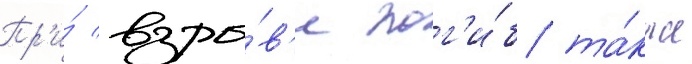
Пр'и́ взры́в'е пог'и́б та́кже